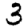
Digit: 3